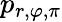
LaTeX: p_{r,\varphi,\pi}